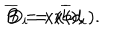
LaTeX: \overline { { { B } } } = x ( \overline { { { b } } } ) , \hspace { 5 m m } D _ { i } = x ( d _ { i } ) .